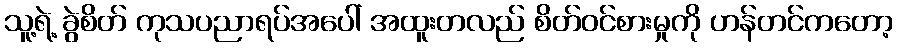
သူ့ရဲ့ ခွဲစိတ် ကုသပညာရပ်အပေါ် အထူးတလည် စိတ်ဝင်စားမှုကို ဟန်တင်ကတော့